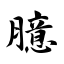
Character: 臆